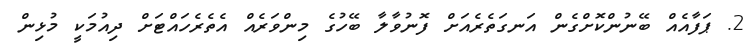
2. ޕަފާއެއް ބޭނުންކޮށްގެން އަނގަތެރެއަށް ފޮނުވާލާ ބޭހުގެ މިންވަރެއް އެތެރެހައްޓަށް ދިއުމަކީ މުޅިން